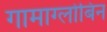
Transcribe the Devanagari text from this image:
गामाग्लोबिन